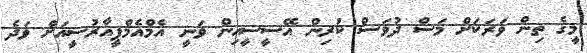
މީގެ ތިން ވަރަކަށް މަސް ދުވަސް ކުރިން އޭސީސީއިން ވަނީ އެމްއެމްޕީއާރުސީއަށް ވަދެ